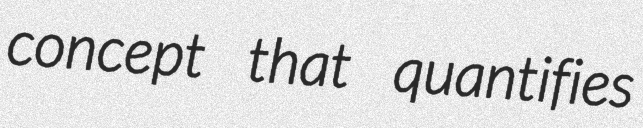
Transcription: concept that quantifies